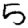
Digit: 5